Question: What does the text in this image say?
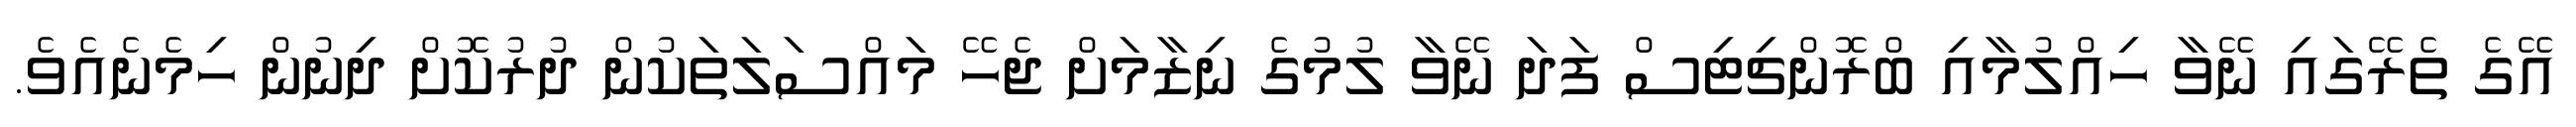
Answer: އޭގެ ތެރޭގައި ނޭވާ ހިއްލުމާއި ބްރޮންޗިޓިސް ފަދަ ނޭވާ ލުމުގެ ނިޒާމަށް ޖެހޭ މައްސަލަތަކުން ދުރުކޮށް ދިނުން ހިމެނެއެވެ.